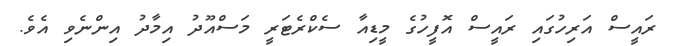
ރައީސް އަރިހުގައި ރައީސް އޮފީހުގެ މީޑިއާ ސެކްރެޓަރީ މަސްއޫދު އިމާދު އިންނެވި އެވެ.